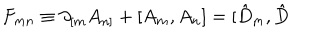
F _ { m n } \equiv \partial _ { \lbrack m } A _ { n ] } + [ A _ { m } , A _ { n } ] = [ \hat { D } _ { m } , \hat { D }